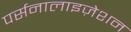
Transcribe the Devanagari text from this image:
पर्सनालाइज़ेशन